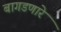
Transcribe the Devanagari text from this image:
बागडणारे